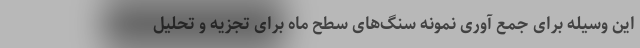
این وسیله برای جمع آوری نمونه سنگ‌های سطح ماه برای تجزیه و تحلیل